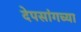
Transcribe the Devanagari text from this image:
देपसांगच्या